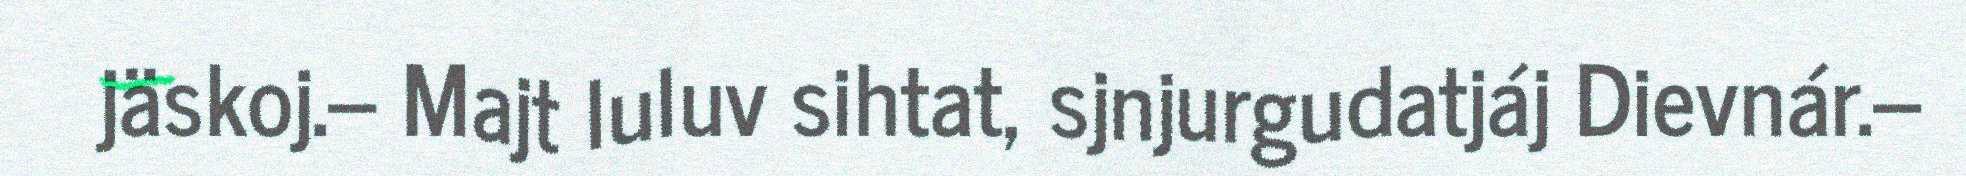
jäskoj.– Majt luluv sihtat, sjnjurgudatjáj Dievnár.–